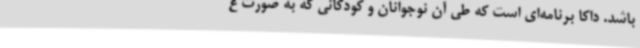
باشد. داکا برنامه‌ای است که طی آن نوجوانان و کودکانی که به صورت غ